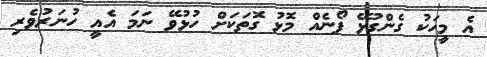
އެ މީހަކު ގެންގުޅޭ ފޯނެއް މޮޅު ގޮތަކަށް ހުޅުވޭ ނަމަ އެއީ ހުނަރުވެރި